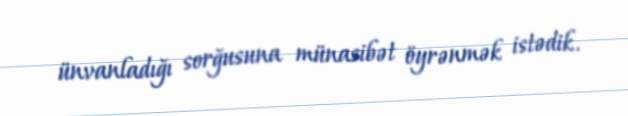
ünvanladığı sorğusuna münasibət öyrənmək istədik.